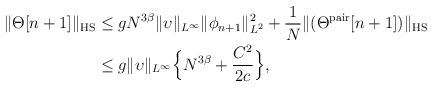
LaTeX: \begin{align*}\|\Theta[n+1]\|_\mathrm{HS} &\le g N^{3\beta}\|\upsilon\|_{L^\infty}\|\phi_{n+1}\|_{L^2}^2 + \frac{1}{N} \|(\Theta^\mathrm{pair}[n+1])\|_\mathrm{HS} \\&\le g\|\upsilon\|_{L^\infty}\Big\{N^{3\beta} + \frac{C^2}{2c}\Big\},\end{align*}